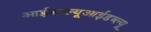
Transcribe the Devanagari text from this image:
आईडब्ल्यूआईडब्ल्यू